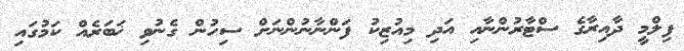
ފިލްމީ ދާއިރާގެ ސްޓާރުންނާއި އަދި މިއުޒިކު ފަންނާނުންނަށް ސިހުން ގެނުވި ޚަބަރެއް ކަމުގައި